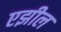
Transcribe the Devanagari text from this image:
एझील